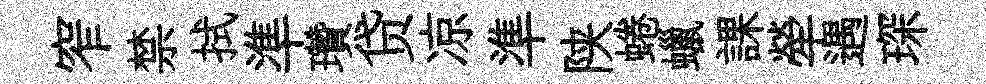
窄禁拭準瓚贷凉準陕蜷蠟課犖遇琛